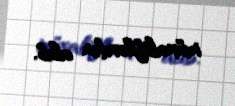
müxaliflərdən alıb.